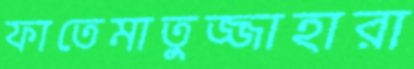
ফাতেমাতুজ্জাহারা